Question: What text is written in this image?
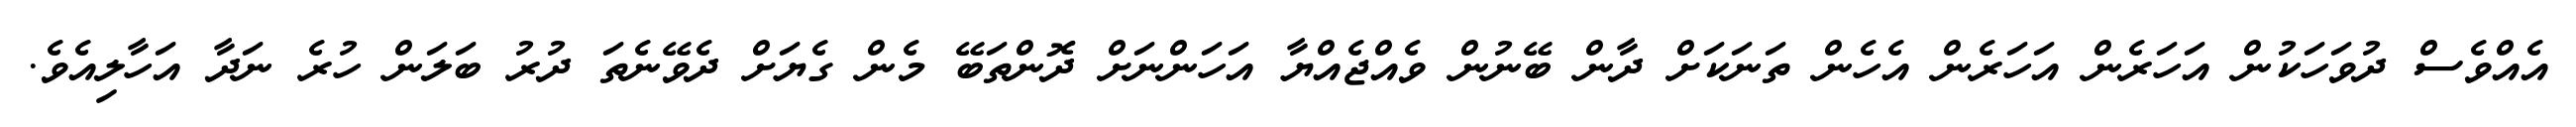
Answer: އެއްވެސް ދުވަހަކުން އަހަރެން އަހަރެން އެހެން ތަނަކަށް ދާން ބޭނުން ވެއްޖެއްޔާ އަހަންނަށް ދޮންތަބޭ މެން ގެޔަށް ދެވޭނެތަ ދުރު ބަލަން ހުރެ ނަދާ އަހާލިއެވެ.